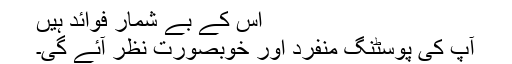
اس کے بے شمار فوائد ہیں
آپ کی پوسٹنگ منفرد اور خوبصورت نظر آئے گی۔